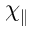
\chi _ { \parallel }